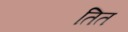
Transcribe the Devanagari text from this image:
तित